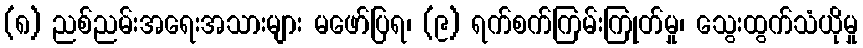
(၈) ညစ်ညမ်းအရေးအသားများ မဖော်ပြရ၊ (၉) ရက်စက်ကြမ်းကြုတ်မှု၊ သွေးထွက်သံယိုမှု